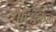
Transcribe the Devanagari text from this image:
सैटिरिकल